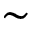
\sim